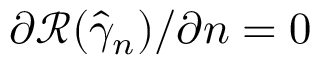
\partial \mathcal { R } ( \hat { \gamma } _ { n } ) / \partial n = 0